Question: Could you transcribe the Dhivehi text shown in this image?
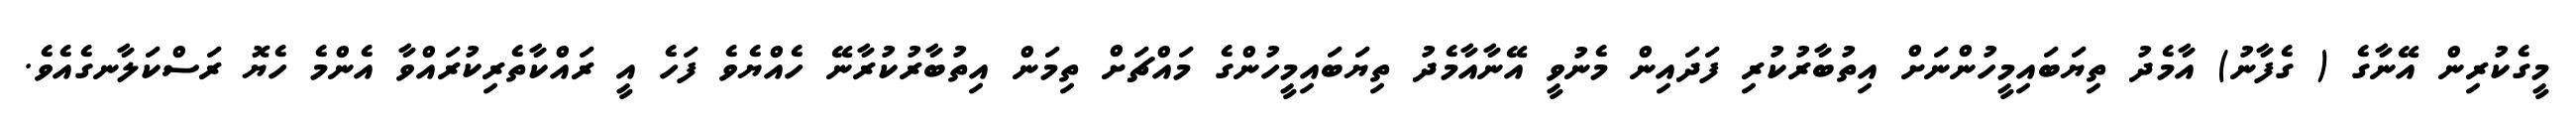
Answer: މީގެކުރިން އޭނާގެ ( ގެފާނު) އާމެދު ތިޔަބައިމީހުންނަށް އިތުބާރުކުރި ފަދައިން މެނުވީ އޭނާއާމެދު ތިޔަބައިމީހުންގެ މައްޗަށް ތިމަން އިތުބާރުކުރާނޭ ހެއްޔެވެ ފަހެ އީ ރައްކާތެރިކުރައްވާ އެންމެ ހެޔޮ ރަސްކަލާނގެއެވެ.